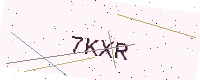
Text: 7KXR